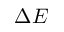
\Delta E